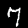
Label: 7